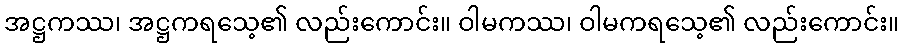
အဋ္ဌကဿ၊ အဋ္ဌကရသေ့၏ လည်းကောင်း။ ဝါမကဿ၊ ဝါမကရသေ့၏ လည်းကောင်း။